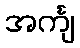
အင်္ကျ